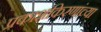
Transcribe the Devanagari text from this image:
प्रकाशकिरणांच्या